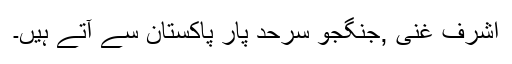
اشرف غنی ,جنگجو سرحد پار پاکستان سے آتے ہیں۔